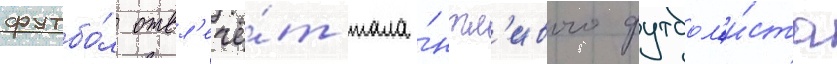
футбо́л отвл'ечё́т тала́нтл'ивого футбол'и́ста